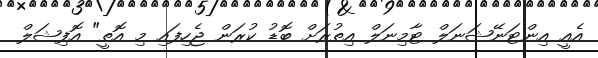
އެއީ އިންޓަނޭޝަނަލް ޓާމިނަލް އިތުރަށް ބޮޑު ކުރަން ޖެހިފައި މި އޮތީ" އޮފިޝަލް